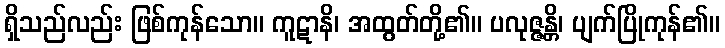
ရှိသည်လည်း ဖြစ်ကုန်သော။ ကူဋာနိ၊ အထွတ်တို့၏။ ပလုဇ္ဇန္တိ၊ ပျက်ပြိုကုန်၏။